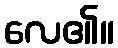
လေ၏။